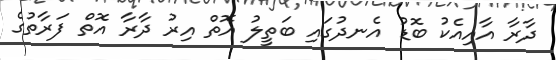
ދާރާ އާއިއެކު ބޮޑު އެނދުގައި ބަތީލު އޮތް އިރު ދާރާ އޮތް ފަރާތުގެ